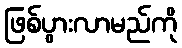
ဖြစ်ပွားလာမည်ကို